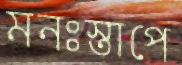
মনঃস্তাপে